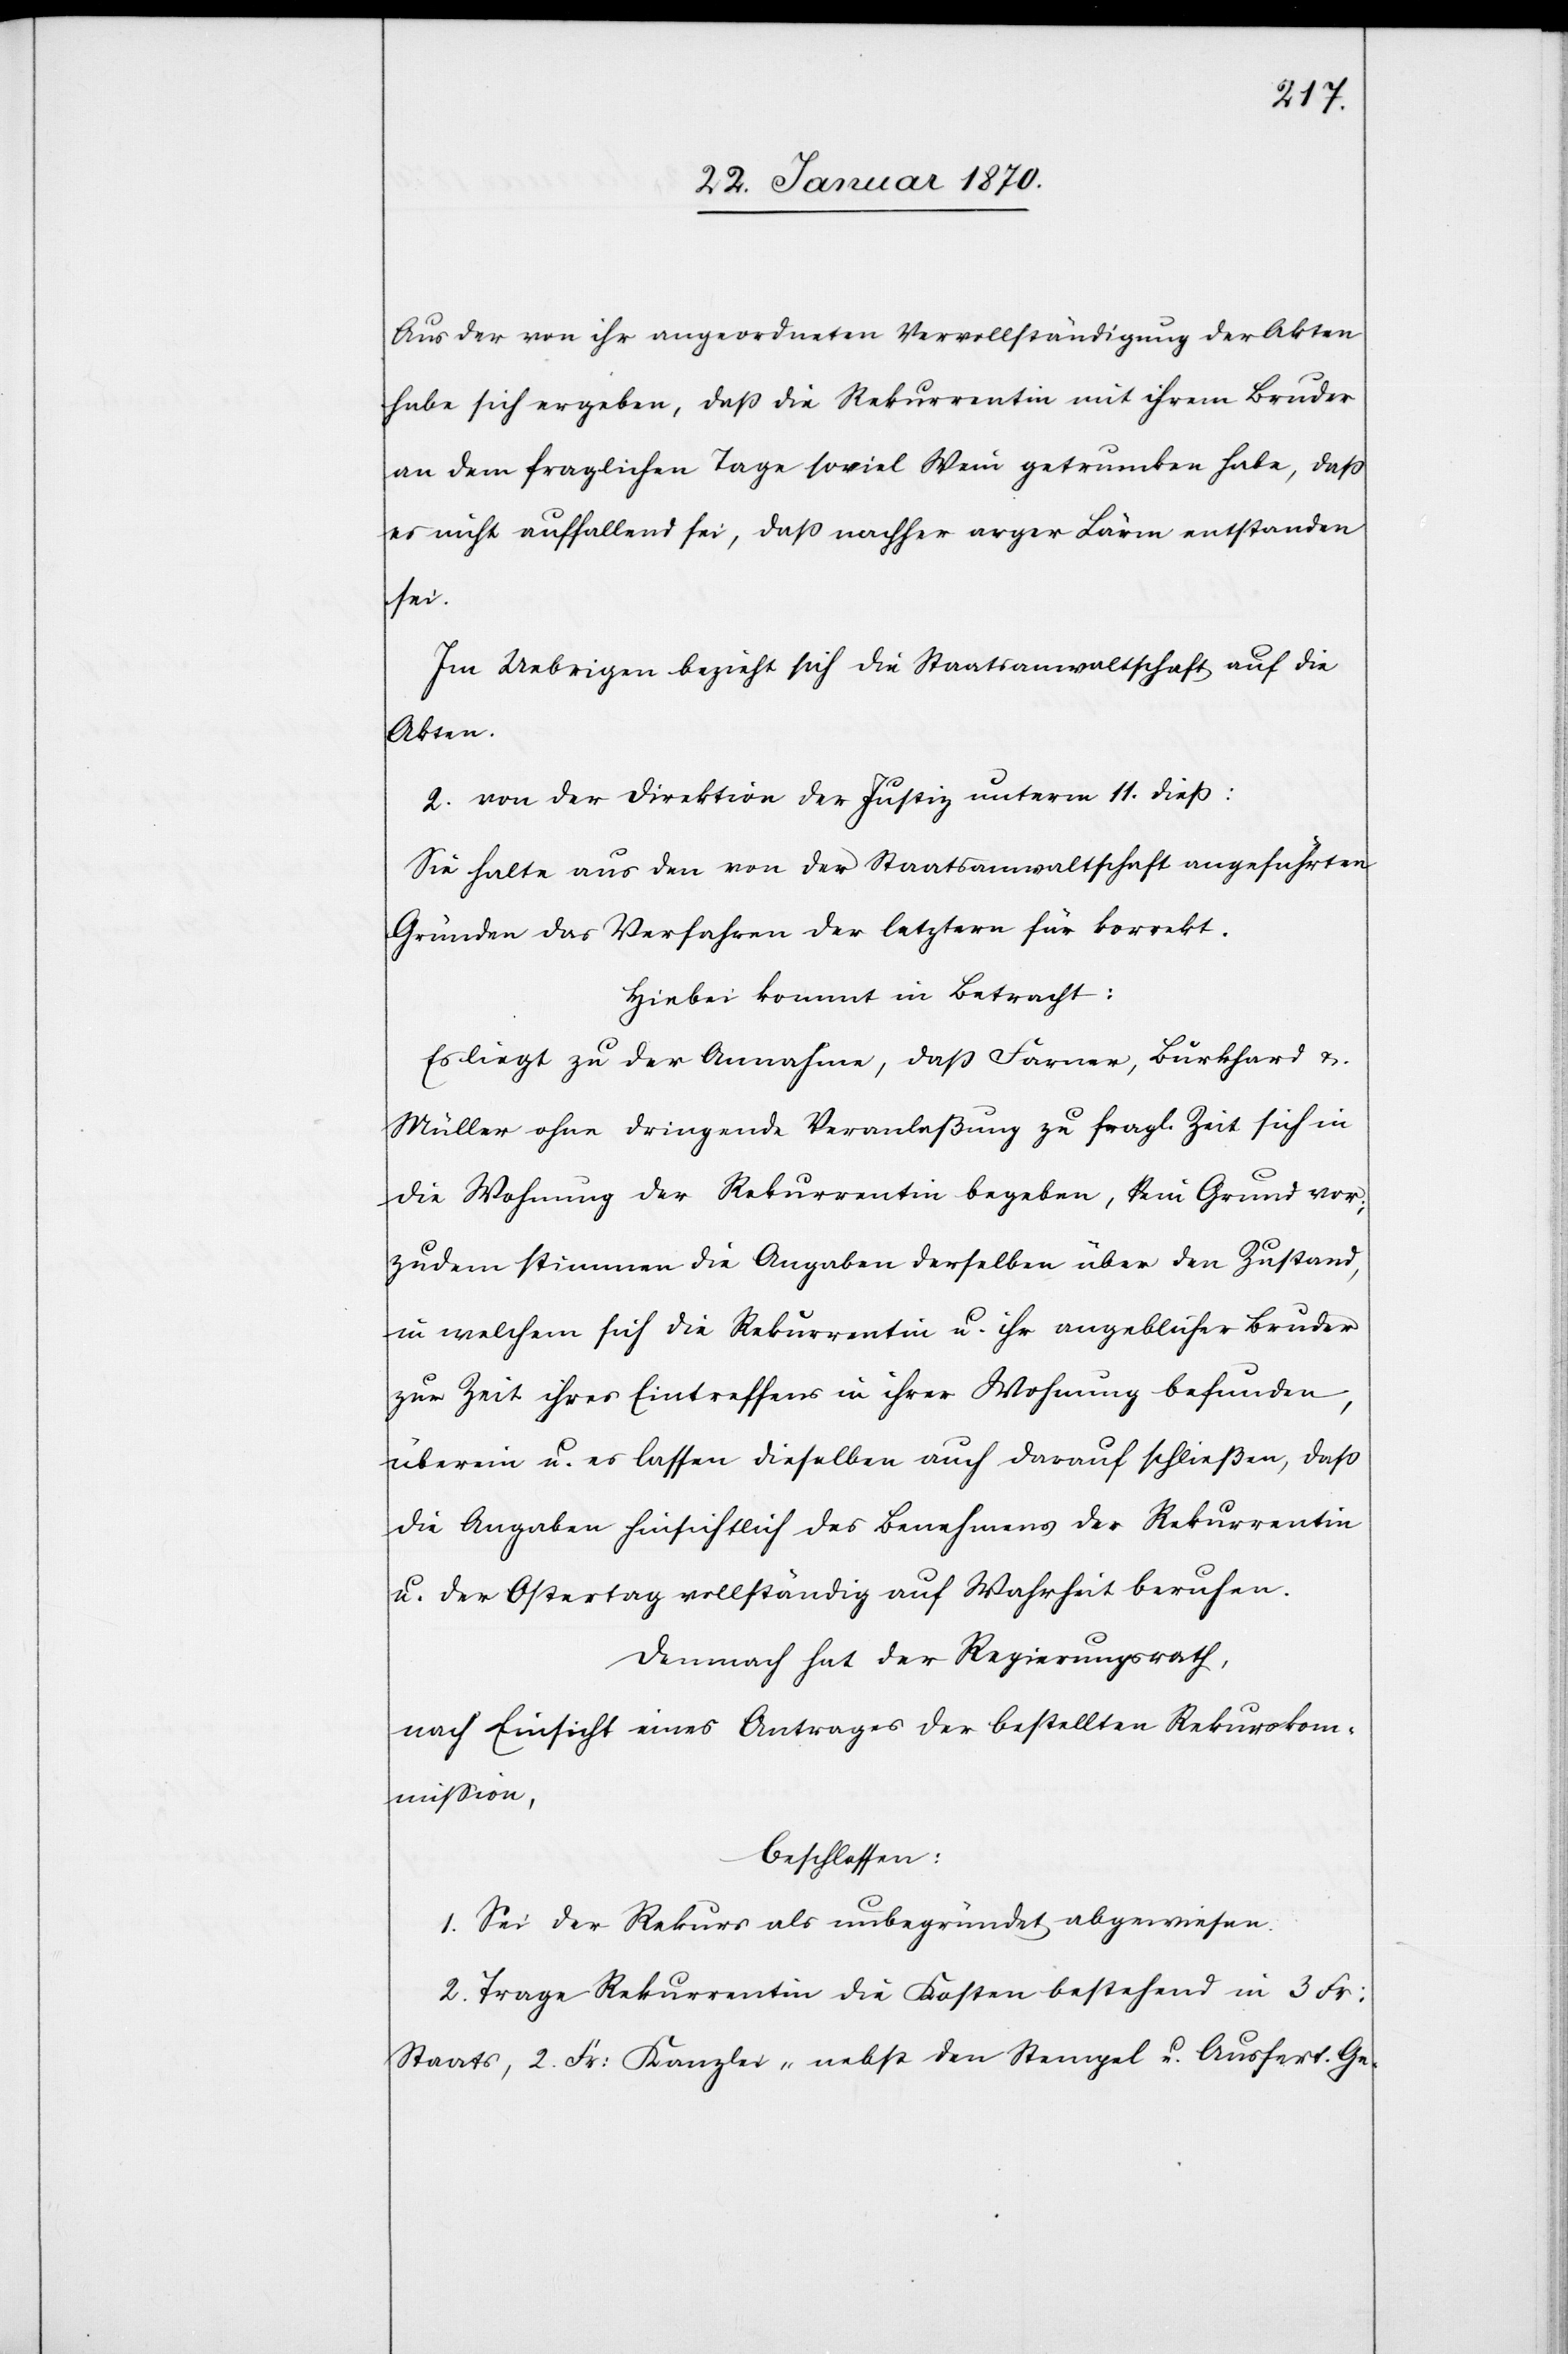
Aus der von ihr angeordneten Vervollständigung der Akten
habe sich ergeben, daß die Rekurrentin mit ihrem Bruder
an dem fraglichen Tage soviel Wein getrunken habe, daß
es nicht auffallend sei, daß nachher arger Lärm entstanden
sei.
Im Uebrigen beziehe sich die Staatsanwaltschaft auf die
Akten.
2. von der Direktion der Justiz unterm 11. dieß:
Sie halte aus den von der Staatsanwaltschaft angeführten
Gründen das Verfahren der letztern für korrekt.
Hiebei kommt in Betracht:
Es liegt zu der Annahme, daß Farner, Burkhard u.
Müller ohne dringende Veranlaßung zu fragl. Zeit sich in
die Wohnung der Rekurrentin begeben, kein Grund vor;
zudem stimmen die Angaben derselben über den Zustand,
in welchem sich die Rekurrentin u. ihr angeblicher Bruder
zur Zeit ihres Eintreffens in ihrer Wohnung befunden,
überein u. es lassen dieselben auch darauf schließen, daß
die Angaben hinsichtlich des Benehmens der Rekurrentin
u. der Ostertag vollständig auf Wahrheit beruhen.
Demnach hat der Regierungsrath,
nach Einsicht eines Antrages der bestellten Rekurskom¬
mission,
beschlossen:
1. Sei der Rekurs als unbegründet abgewiesen.
2. Trage Rekurrentin die Kosten bestehend in 3. Fr:
Staats[-], 2. Fr: Kanzlei- nebst den Stempel[-] u. Ausfert.[-]Ge-